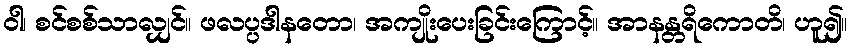
ဝါ၊ စင်စစ်သာလျှင်။ ဖလပ္ပဒါနတော၊ အကျိုးပေးခြင်းကြောင့်။ အာနန္တရိကောတိ၊ ဟူ၍။